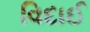
વિદાઈ